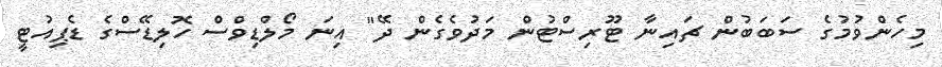
މިހެންވުމުގެ ސަބަބުން ޗައިނާ ޓޫރިސްޓުން މަދުވެގެން ދޭ" އިނަ މޯލްޑިވްސް ހޮލިޑޭސްގެ ޑެޕިއުޓީ